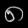
Digit: ၈